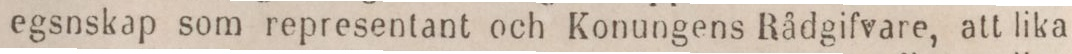
egsnskap som representant och Konungens Rådgifvare, att lika